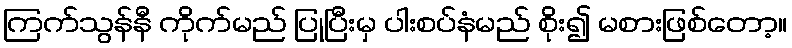
ကြက်သွန်နီ ကိုက်မည် ပြုပြီးမှ ပါးစပ်နံမည် စိုး၍ မစားဖြစ်တော့။